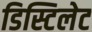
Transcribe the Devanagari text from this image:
डिस्टिलेट